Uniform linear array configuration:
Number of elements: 4
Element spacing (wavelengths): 0.5
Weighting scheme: kaiser
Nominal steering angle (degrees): -15
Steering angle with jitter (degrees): -16.79
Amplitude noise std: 0.05
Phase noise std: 0.05

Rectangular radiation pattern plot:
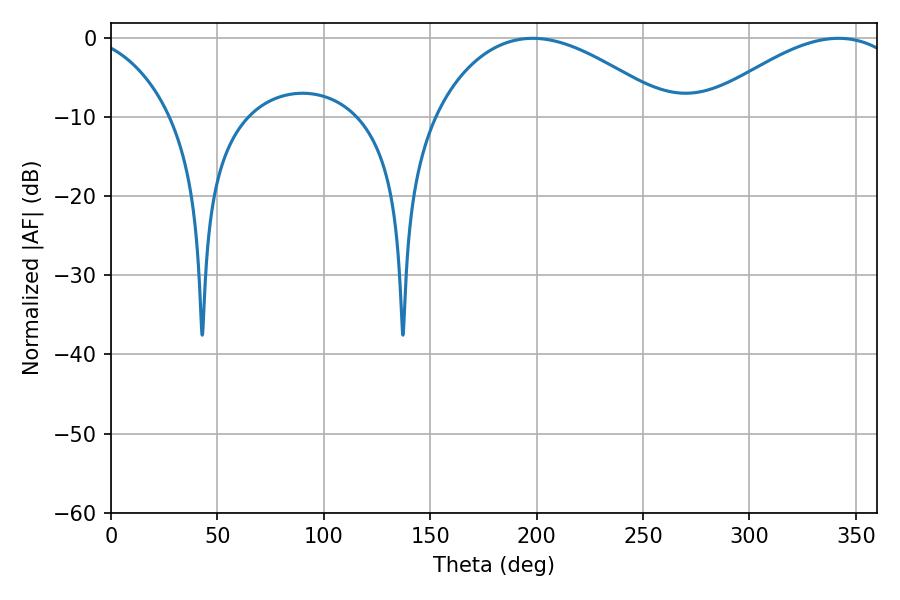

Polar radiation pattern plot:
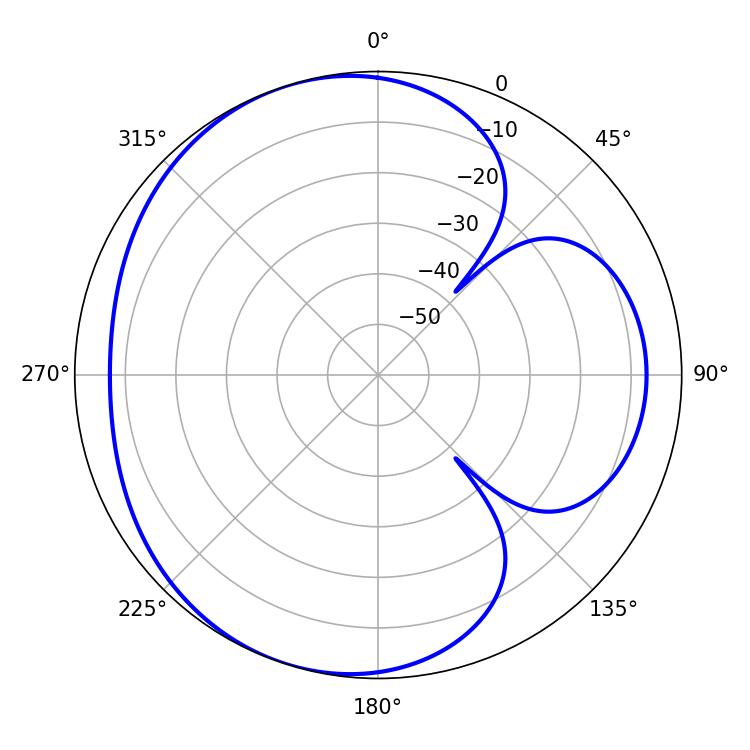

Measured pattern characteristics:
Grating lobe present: FALSE
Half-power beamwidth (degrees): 61.38
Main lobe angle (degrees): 198.18